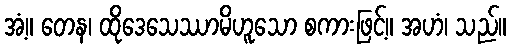
အံ့။ တေန၊ ထိုဒေသေဿာမိဟူသော စကားဖြင့်။ အဟံ၊ သည်။